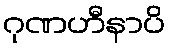
ဂုဏဟီနာပိ